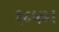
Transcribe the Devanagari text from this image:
१८५७।